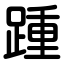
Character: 踵